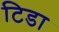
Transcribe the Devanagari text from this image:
टिडा